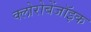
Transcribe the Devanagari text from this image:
क्लोरोबेंजॉइक